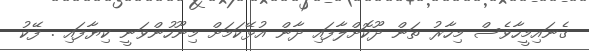
ގެނައިމީހާވެސް މިހާރު ތަން ދޫކޮށްލާފައި ދާން އުޅޭކަމަށް މިނޫހުންވަނީ ކިޔާފައި . ފޭކު